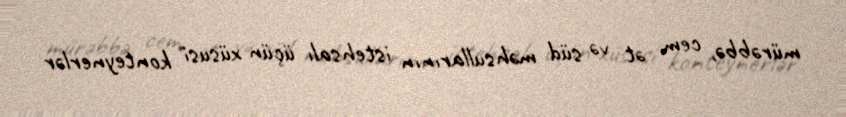
mürəbbə, cem, ət və süd məhsullarının istehsalı üçün xüsusi konteynerlər